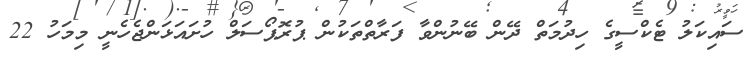
ސައިކަލު ޓެކްސީގެ ހިދުމަތް ދޭން ބޭނުންވާ ފަރާތްތަކުން ޕުރޮޕޯސަލް ހުށައަޅަންޖެހެނީ މިމަހު 22